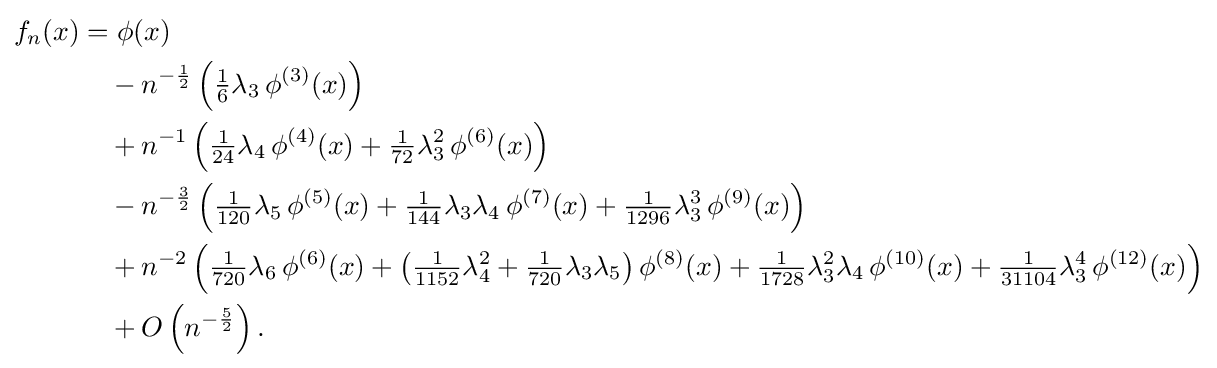
{\begin{aligned}f_{n}(x)&=\phi (x)\\&\quad -n^{-{\frac {1}{2}}}\left({\tfrac {1}{6}}\lambda _{3}\,\phi ^{(3)}(x)\right)\\&\quad +n^{-1}\left({\tfrac {1}{24}}\lambda _{4}\,\phi ^{(4)}(x)+{\tfrac {1}{72}}\lambda _{3}^{2}\,\phi ^{(6)}(x)\right)\\&\quad -n^{-{\frac {3}{2}}}\left({\tfrac {1}{120}}\lambda _{5}\,\phi ^{(5)}(x)+{\tfrac {1}{144}}\lambda _{3}\lambda _{4}\,\phi ^{(7)}(x)+{\tfrac {1}{1296}}\lambda _{3}^{3}\,\phi ^{(9)}(x)\right)\\&\quad +n^{-2}\left({\tfrac {1}{720}}\lambda _{6}\,\phi ^{(6)}(x)+\left({\tfrac {1}{1152}}\lambda _{4}^{2}+{\tfrac {1}{720}}\lambda _{3}\lambda _{5}\right)\phi ^{(8)}(x)+{\tfrac {1}{1728}}\lambda _{3}^{2}\lambda _{4}\,\phi ^{(10)}(x)+{\tfrac {1}{31104}}\lambda _{3}^{4}\,\phi ^{(12)}(x)\right)\\&\quad +O\left(n^{-{\frac {5}{2}}}\right).\end{aligned}}